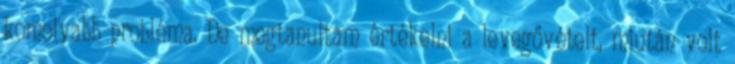
komolyabb probléma. De megtanultam értékelni a levegővételt, miután volt